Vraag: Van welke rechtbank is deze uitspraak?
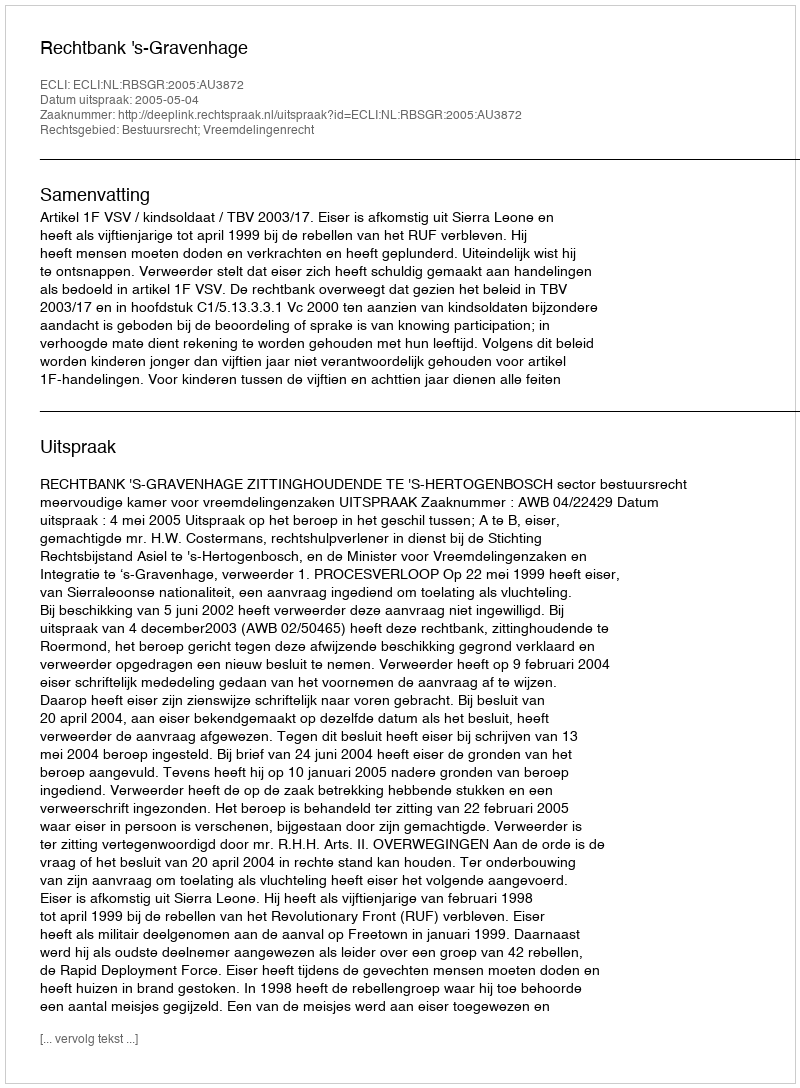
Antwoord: Rechtbank 's-Gravenhage